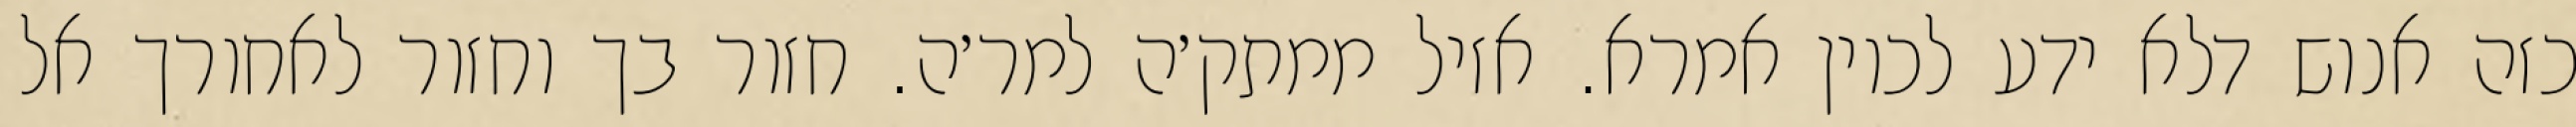
כזה אנוש דלא ידע לכוין אמרא. אזיל ממתק׳ה למר׳ה. חזור בך וחזור לאחורך אל